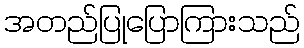
အတည်ပြုပြောကြားသည်